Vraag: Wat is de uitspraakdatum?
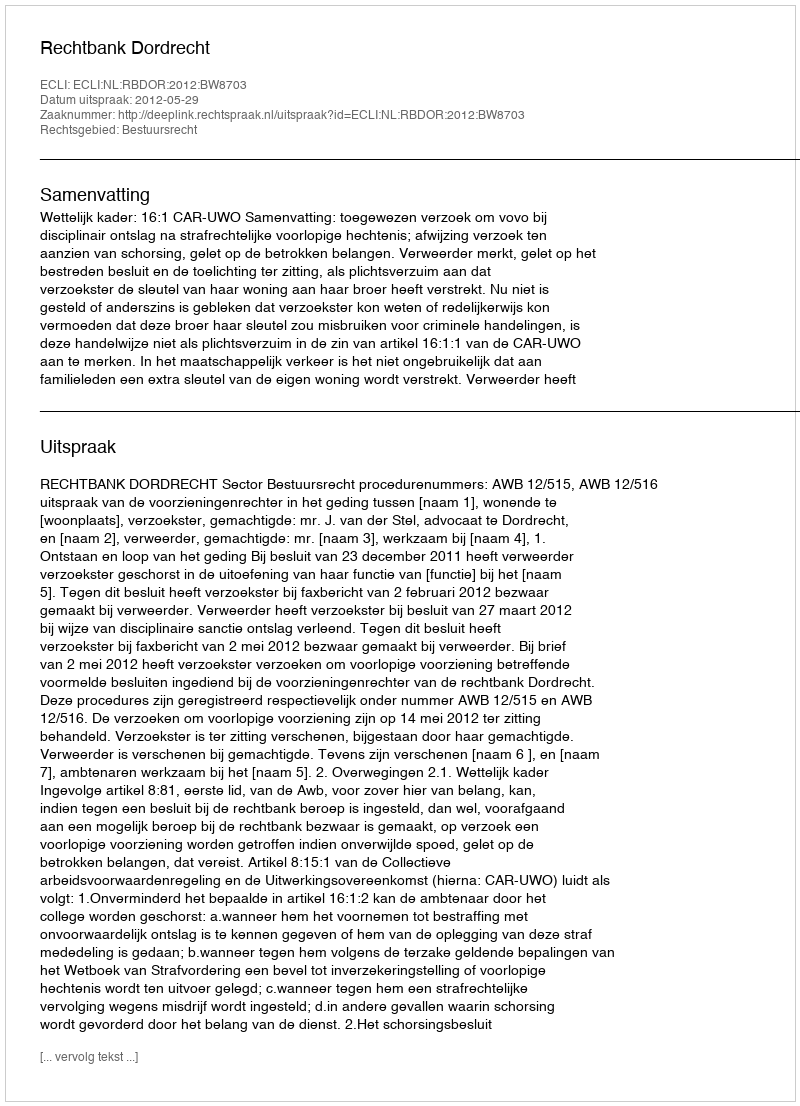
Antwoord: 2012-05-29